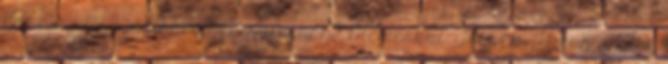
Erő ébredése jedikard-keresztvasán? Mémeskút. Tessék, itt van a Star